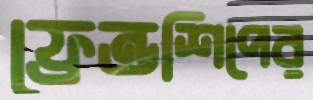
ফ্রেন্ডশিপের